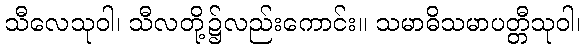
သီလေသုဝါ၊ သီလတို့၌လည်းကောင်း။ သမာဓိသမာပတ္တီသုဝါ၊